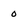
Character: 0